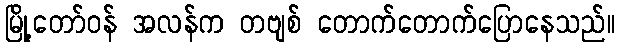
မြို့တော်ဝန် အလန်က တဗျစ် တောက်တောက်ပြောနေသည်။